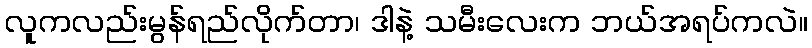
လူကလည်းမွန်ရည်လိုက်တာ၊ ဒါနဲ့ သမီးလေးက ဘယ်အရပ်ကလဲ။